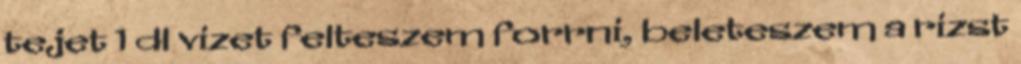
tejet 1 dl vizet felteszem forrni, beleteszem a rizst